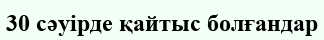
30 сәуірде қайтыс болғандар